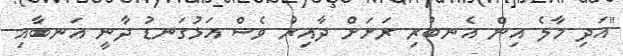
"އަދި މާލެ އިން އެނބުރި ރަށަށް ދާއިރު ވެސް އަޅުގަނޑު ދާނީ އަނބާއި